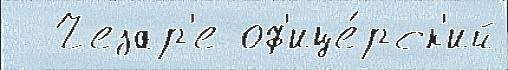
  Чезар'е оф'ице́рск'ий